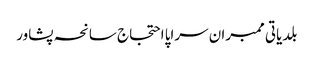
بلدیاتی ممبران سراپا احتجاج سانحہ پشاور